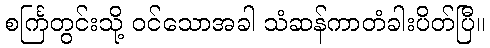
စင်္ကြတွင်းသို့ ဝင်သောအခါ သံဆန်ကာတံခါးပိတ်ပြီ။